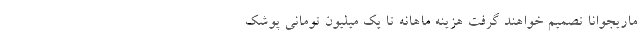
ماریجوانا تصمیم خواهند گرفت هزینه ماهانه تا یک میلیون تومانی پوشک